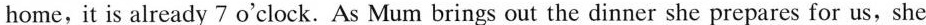
home, it is already 7 o'clock. As Mum brings out the dinner she prepares for us, she